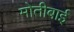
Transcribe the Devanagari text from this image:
मोतीबाई